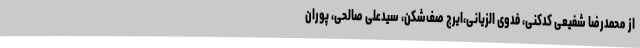
از محمدرضا شفیعی کدکنی، فدوی الزیانی،ایرج صف‌شکن، سیدعلی صالحی، پوران